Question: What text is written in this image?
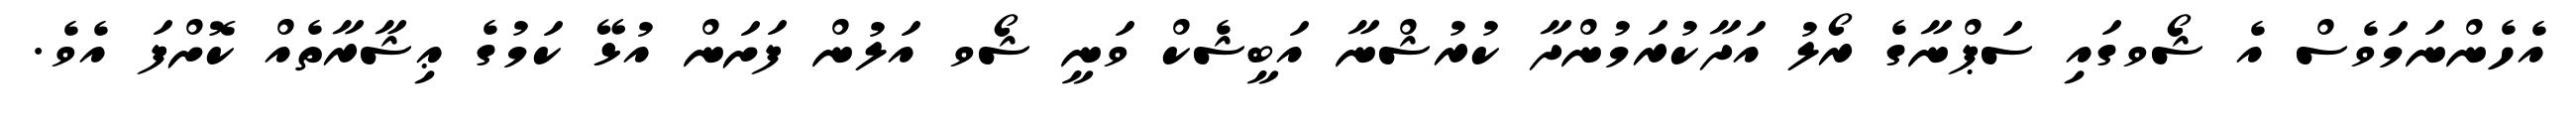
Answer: އެހެންނަމަވެސް އެ ޝޯވގައި ސަޕްނާގެ ރޯލު އަދާކުރަމުންދާ ކުރުޝްނާ އަބީޝެކް ވަނީ ޝޯވ އަލުން ފަށަން އުޅޭ ކަމުގެ ޢިޝާރާތެއް ކޮށްފަ އެވެ.